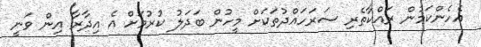
އެހެންކަމުން ރައްކާތެރި ސަރަހައްދުތަކަށް މީހުން ބަދަލު ކުރުމަށް އެ އިދާރާ އިން ވަނީ